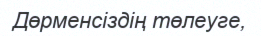
Дөрменсіздің төлеуге,